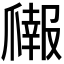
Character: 𬋳